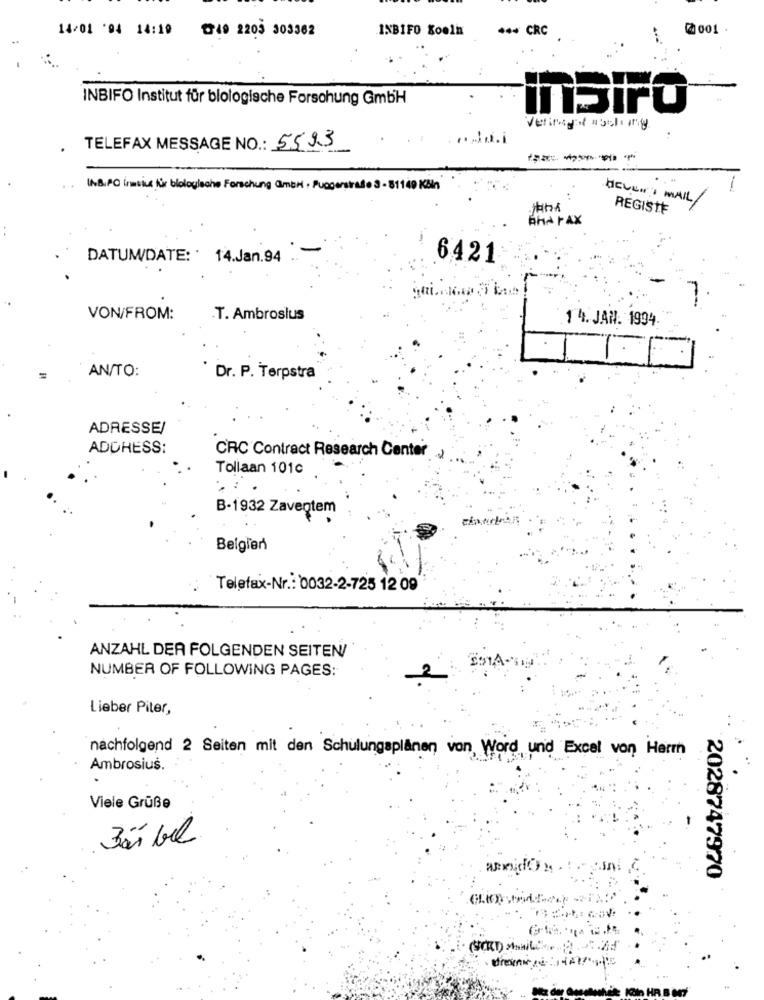
14/01 '94 14:19 49 2203 303362
INBIFO Koeln
*** CRC
@ 001 .
INBIFO Institut für biologische Forschung GmbH
ATSIFO
Vetinsert aschang
TELEFAX MESSAGE NO .: 5593
----
. . INBAG inmeine für biologische Forschung @mbri . Pusoerstraße 3 - 81149 KBh
-
HELLO , MAIL/
fiba
REGISTE
AHA FAX
-
DATUM/DATE: ' 14.Jan.94
6421
VON/FROM:
T. Ambrosius
1 4. JAN. 1994.
AN/TO:
Dr. P. Terpstra
ADRESSE/
ADDRESS:
CRC Contract Research Center
Tollaan 101c
B-1932 Zaventem
Belgien
Telefax-Nr .: 0032-2-725 12 09
ANZAHL DER FOLGENDEN SEITEN/
NUMBER OF FOLLOWING PAGES:
2
Lieber Piter,
nachfolgend 2 Seiten mit den Schulungsplänen von, Word und Excel von Herm
Ambrosius.
Viele Grüße
Bár bel
2028747970
Ma